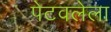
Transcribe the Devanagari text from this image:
पेटवलेला